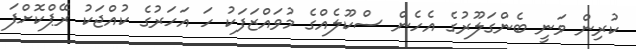
ކުރިން ވަނީ ބެންގަލޫރުގެ އެހެން ސްކޫލެއްގެ މުވައްޒަފަކު ހަ އަހަރުގެ ކުއްޖަކު ރޭޕްކޮށްފަ